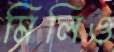
মিলিও